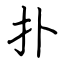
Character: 扑